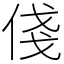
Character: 俴